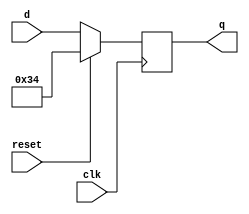
module top_module (
    input clk,
    input reset,            // Synchronous reset
    input [7:0] d,
    output reg [7:0] q
);
always @(negedge clk) begin
    if (reset) begin
        q <= 8'h34;
    end else begin
        q <= d;
    end
end
endmodule